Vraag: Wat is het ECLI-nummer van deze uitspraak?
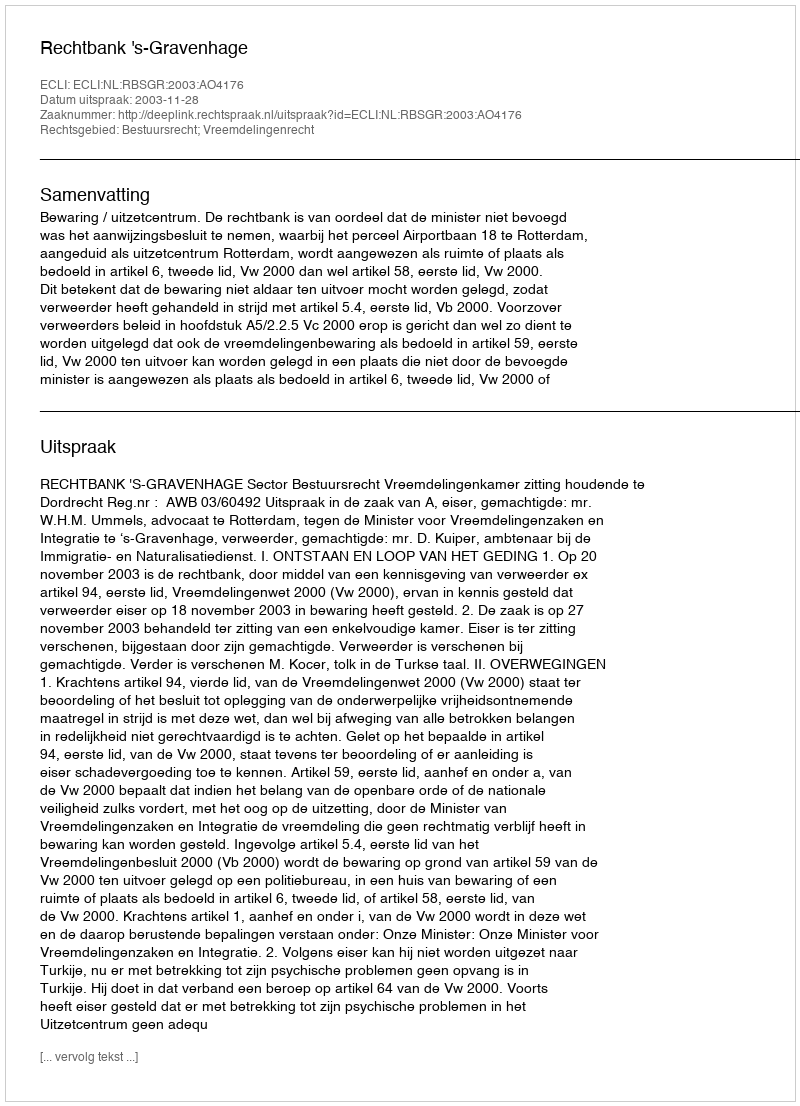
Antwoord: ECLI:NL:RBSGR:2003:AO4176